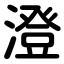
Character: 澄